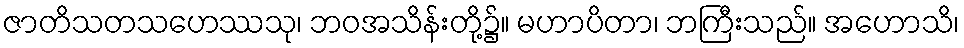
ဇာတိသတသဟေဿသု၊ ဘဝအသိန်းတို့၌။ မဟာပိတာ၊ ဘကြီးသည်။ အဟောသိ၊